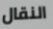
النقال